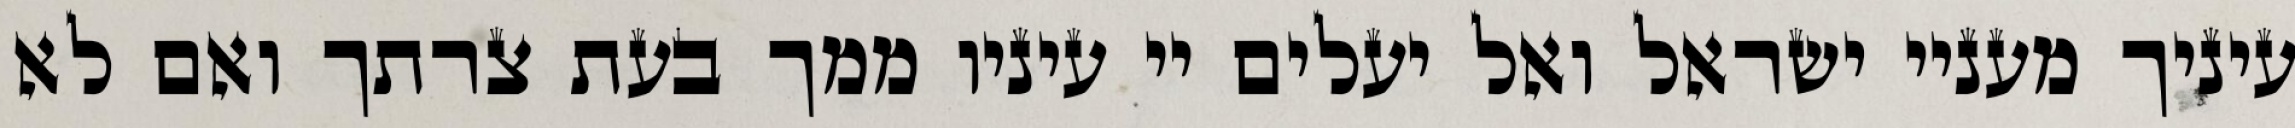
עיניך מעניי ישראל ואל יעלים יי עיניו ממך בעת צרתך ואם לא